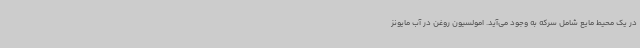
در یک محیط مایع شامل سرکه به وجود می‌آید. امولسیون روغن در آب مایونز